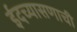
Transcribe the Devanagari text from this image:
ईदच्यासणाची